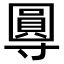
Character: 𭕂